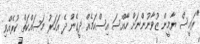
"ރައީސް ޔާމީން ޒުވާނުންނަށް ހާއްސަ އިސްކަމެއް ދީގެން ދެ އަހަރު މަސައްކަތް ކުރެއްވި